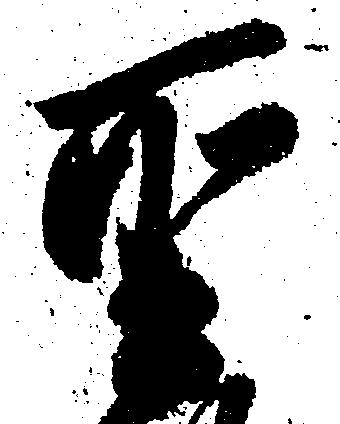
聖